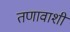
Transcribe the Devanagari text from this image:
तणावाशी